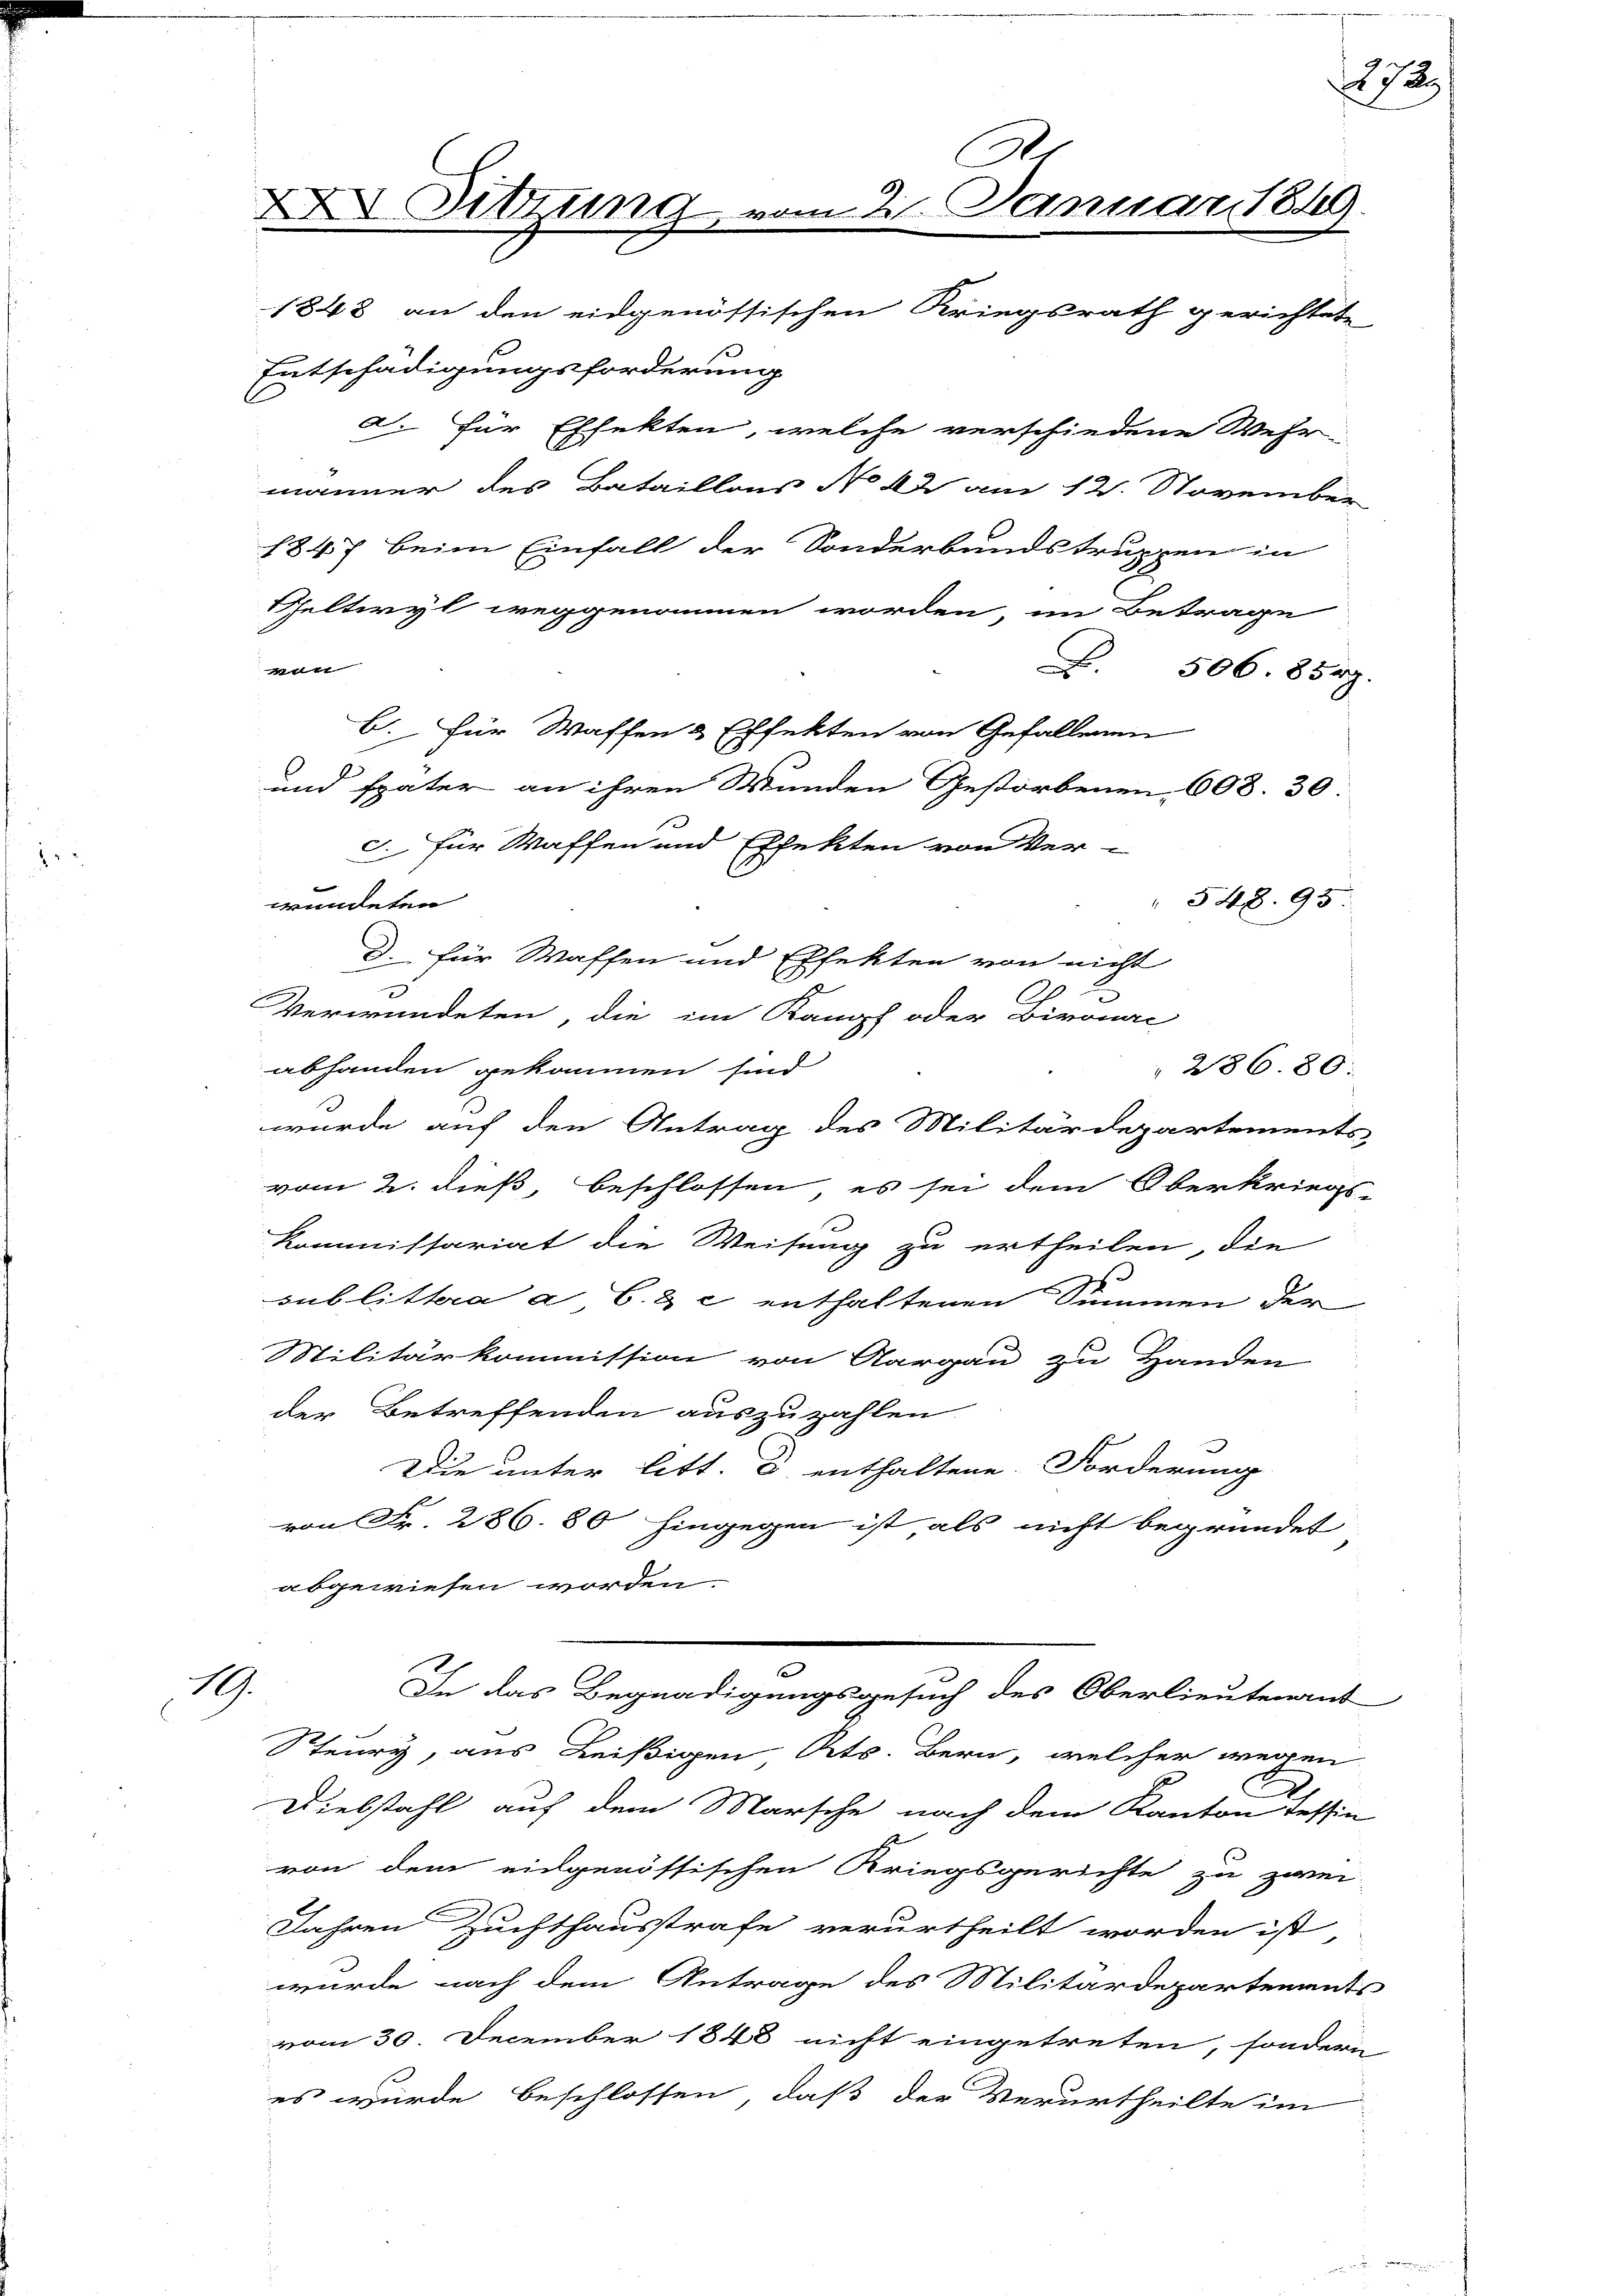
19.

A
 Sitzung vom 2. Januar 1849.
1848 an den eidgenössischen Kriegsrath gerichtete

Entschädigungsforderung
Peltwyl weggenommen worden, im Betrage
d
wundeten
D. für Waffen und Effekten von nicht
x
Verwundeten, die im Kampf oder Birona
abhanden gekommen sind
wurde auf den Antrag des Militärdepartements
vom 2. dieß, beschlossen, es sei dem Oberkriegs-
Kommissariat die Weisung zu ertheilen, die
sublittera a C. & c. enthaltenen Summen der
Militärkommission von Aargau zu Handen
der Betreffenden auszuzahlen.
Die unter litt. d enthaltene Forderung
von Fr. 286. 80 hingegen ist als nicht begründet
abgewiesen worden.
In das Begnadigungsgesuch des Oberlieutenant
Steury, aus Beißigen Kts. Bern, welcher wegen
Diebstahl auf dem Marsche nach dem Kanton Tessin
von dem eingenössischen Kriegsgerichte zu zwei
Jahren Zuchthausstrafe verurtheilt worden ist,
wurde nach dem Antrage des Militärdepartements
vom 30. December 1848 nicht eingetreten, sondern
es wurde beschlossen, daß der Verurtheilte im

und später an ihren Wunden Gestorbenen 608. 30:
J. für Waffen und Effekten von Ver-

a. Für Effekten, welche verschiedene Wehr-
männer des Bataillons No 42 am 12. November
1847 beim Einfall der Sonderbundstruppen in

b. Für Waffen & Effekten von Gefallenen

" 548. 95.
286.80:

B. 506. 8549.

13